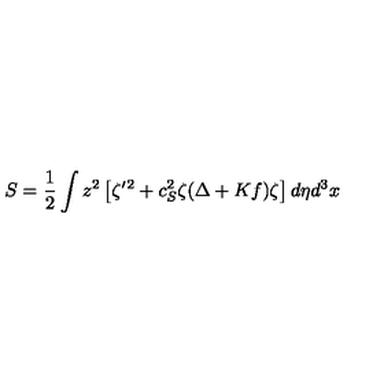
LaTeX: S = \frac { 1 } { 2 } \int z ^ { 2 } \left[ \zeta ^ { \prime } { } ^ { 2 } + c _ { S } ^ { 2 } \zeta ( { \Delta + K f } ) \zeta \right] d \eta d ^ { 3 } x